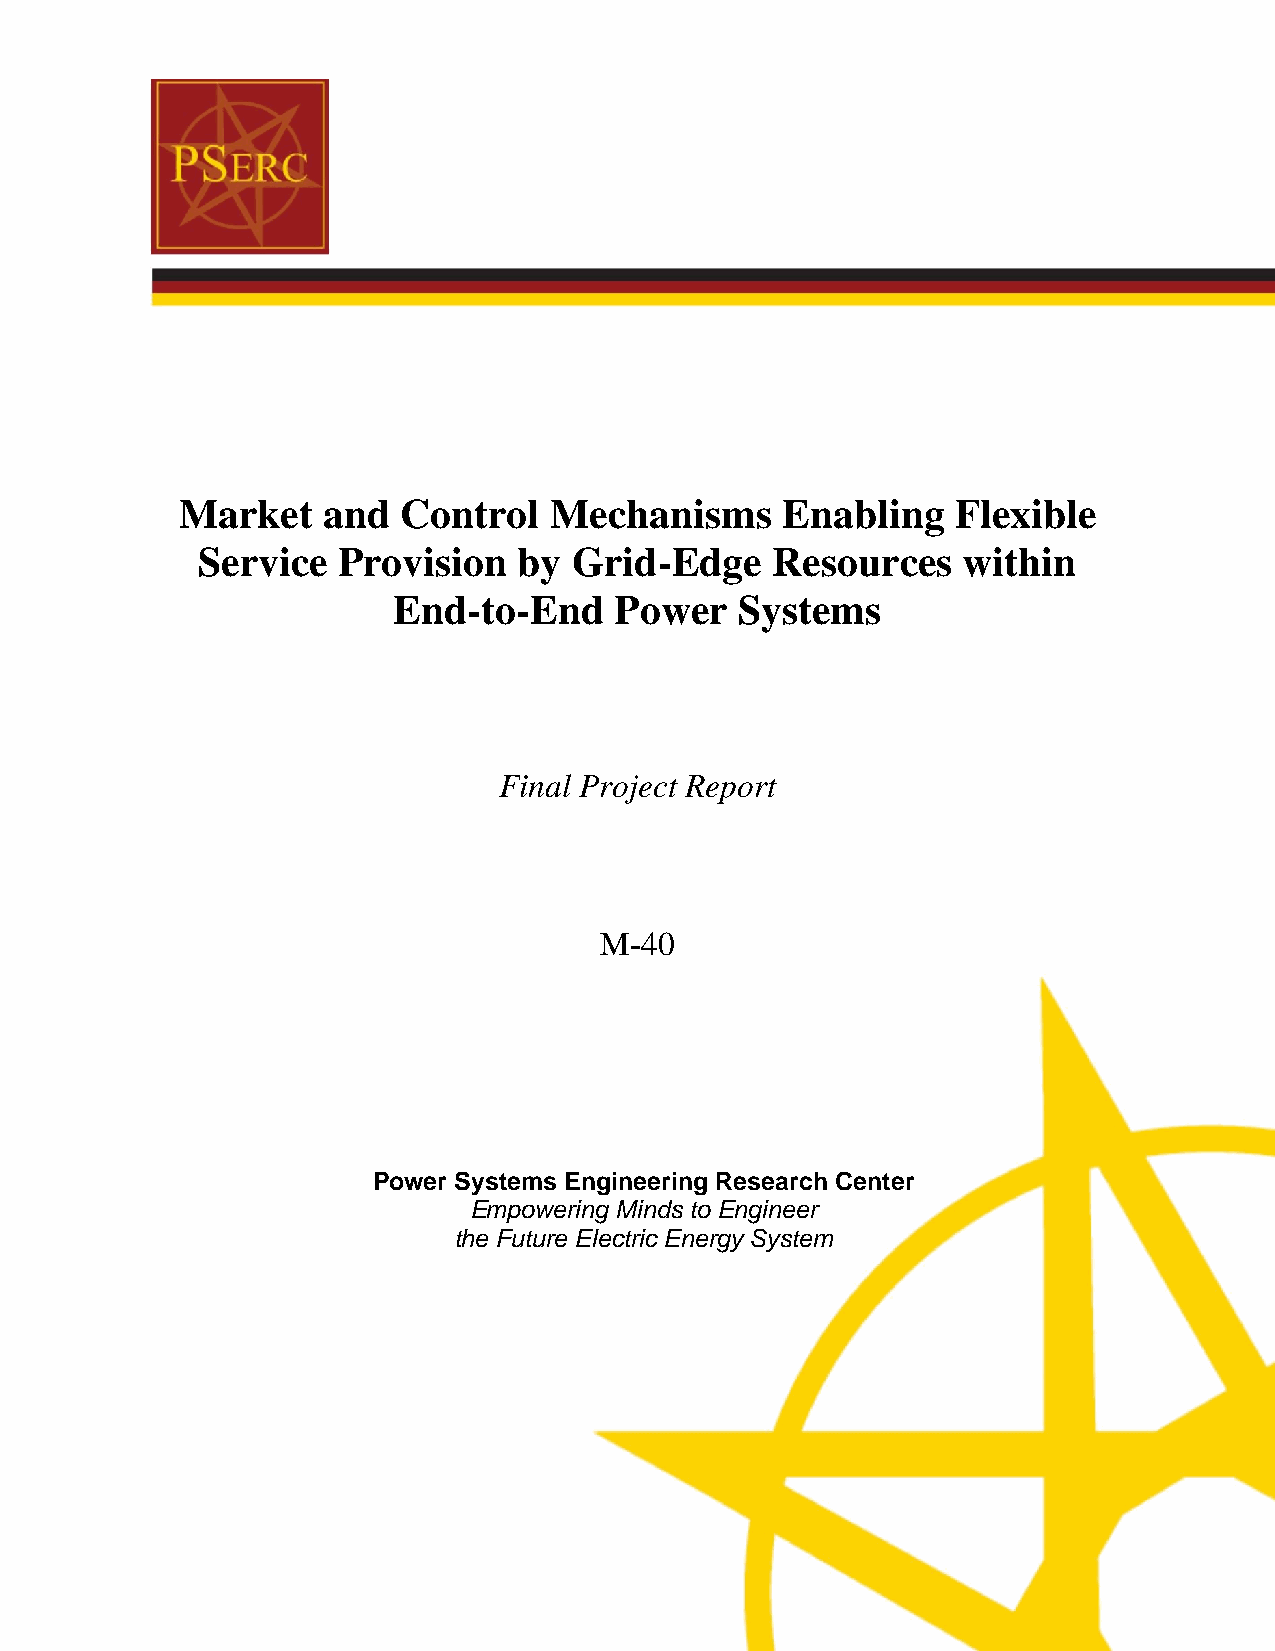
Market   and   Control  Mechanisms      Enabling   Flexible
 Service  Provision   by  Grid-Edge    Resources    within
 End-to-End     Power   Systems
 Final Project Report
 M-40
 Power Systems Engineering Research Center
 Empowering Minds to Engineer
 the Future Electric Energy System